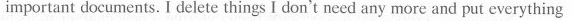
important documents. I delete things I don't need any more and put everything